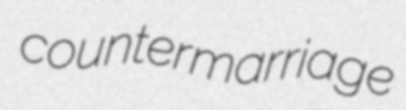
countermarriage